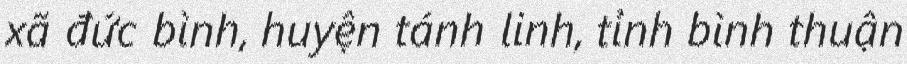
xã đức bình, huyện tánh linh, tỉnh bình thuận